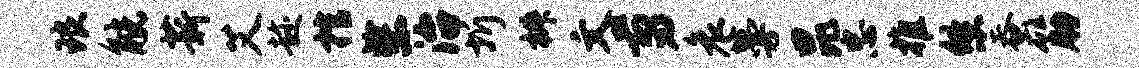
琅觥薪艾趁棺柴治圻椒文剪哀蔓昆忠推悠蚕筋